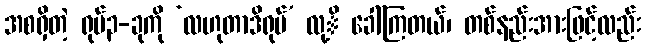
အစရှိတဲ့ ရုပ်၃-ခုကို ‘လဟုတာဒိရုပ်’ လု့ိ ခေါ်ကြတယ်၊ တစ်နည်းအားဖြင့်လည်း